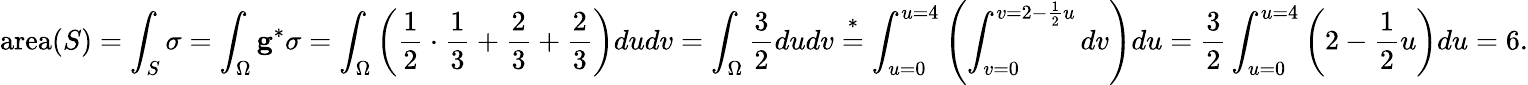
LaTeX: \mathrm{area}(S)=\int_{S}\sigma=\int_{\Omega}\mathbf{g}^{*}\sigma=\int_{\Omega}\left(\frac{1}{2}\cdot\frac{1}{3}+\frac{2}{3}+\frac{2}{3}\right)dudv=\int_{\Omega}\frac{3}{2}dudv\overset{*}{=}\int_{u=0}^{u=4}\left(\int_{v=0}^{v=2-\frac{1}{2}u}dv\right)du=\frac{3}{2}\int_{u=0}^{u=4}\left(2-\frac{1}{2}u\right)du=6.